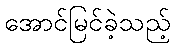
အောင်မြင်ခဲ့သည့်